Sketch of the medical history of the native army of Bombay, for the year
Year: 1872
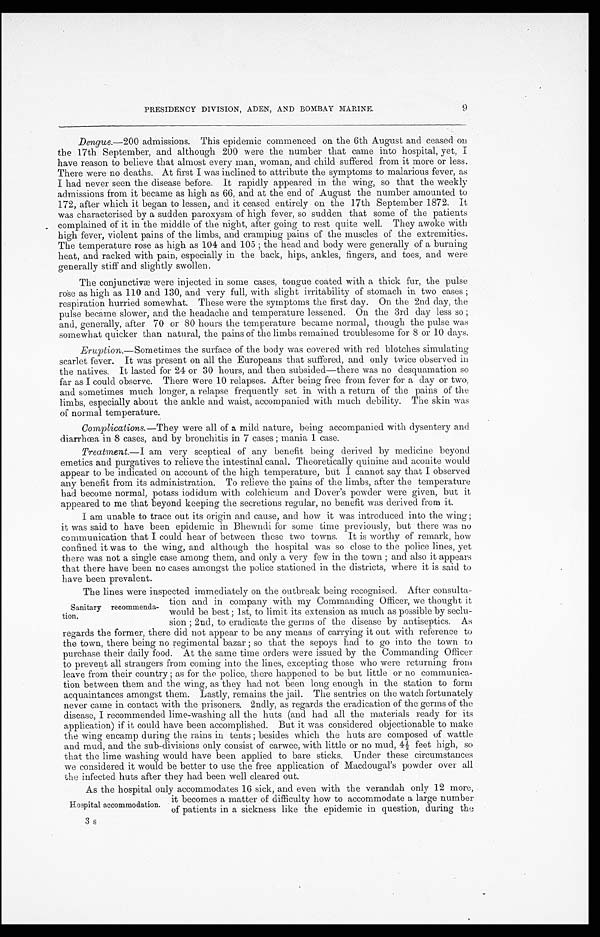
PRESIDENCY DIVISION, ADEN, AND BOMBAY MARINE.
9
Dengue.—200 admissions. This epidemic commenced on the 6th August and ceased On
the 17th September, and although 200 were the number that came into hospital, yet, I
have reason to believe that almost every man, woman, and child suffered from it more or less.
There were no deaths. At first I was inclined to attribute the symptoms to malarious fever, as
I had never seen the disease before. It rapidly appeared in the wing, so that the weekly
admissions from it became as high as 66, and at the end of August the number amounted to
172, after which it began to lessen, and it ceased entirely on the 17th September 1872. It
was characterised by a sudden paroxysm of high fever, so sudden that some of the patients
complained of it in the middle of the night, after going to rest quite well. They awoke with
high fever, violent pains of the limbs, and cramping pains of the muscles of the extremities.
The temperature rose as high as 104 and 105 ; the head and body were generally of a burning
heat, and racked with pain, especially in the back, hips, ankles, fingers, and toes, and were
generally stiff and slightly swollen.
The conjunctivæ were injected in some cases, tongue coated with a thick fur, the pulse
r o s e a s h i g h a s 1 1 0 a n d 1 3 0 , a n d v e r y f u l l , w i t h s l i g h t i r r i t a b i l i t y o f s t o m a c h i n t w o c a s e s ;
respiration hurried somewhat. These were the symptoms the first day. On the 2nd day, the
pulse became slower, and the headache and temperature lessened. On the 3rd day less so ;
and, generally, after 70 or 80 hours the temperature became normal, though the pulse was
somewhat quicker than natural, the pains of the limbs remained troublesome for 8 or 10 days.
Eruption.—Sometimes the surface of the body was covered with red blotches simulating
scarlet fever. It was present on all the Europeans that suffered, and only twice observed in.
the natives. It lasted for 24 or 30 hours, and then subsided—there was no desquamation so
far as I could observe. There were 10 relapses. After being free from fever for a day or two,
and sometimes much longer, a relapse frequently set in with a return of the pains of the
limbs, especially about the ankle and waist, accompanied with much debility. The skin was
of normal temperature.
Complications.—They were all of a mild nature, being accompanied with dysentery and
diarrhœa in 8 cases, and by bronchitis in 7 cases ; mania 1 case.
Treatment.—I am very sceptical of any benefit being derived by medicine beyond.
emetics and purgatives to relieve the intestinal canal. Theoretically quinine and aconite would
appear to be indicated on account of the high temperature, but I cannot say that I observed
any benefit from its administration. To relieve the pains of the limbs, after the temperature
had become normal, potass iodidum with colchicum and Dover's powder were given, but it
appeared to me that beyond keeping the secretions regular, no benefit was derived from it.
I am unable to trace out its origin and cause, and how it was introduced into the wing ;
it was said to have been epidemic in Bhewndi for some time previously, but there was no
communication that I could hear of between these two towns. It is worthy of remark, how
confined it was to the wing, and although the hospital was so close to the police lines, yet
there was not a single case among them, and only a very few in the town ; and also it appears
that there have been no cases amongst the police stationed in the districts, where it is said to
have been prevalent.
The lines were inspected immediately on the outbreak being recognised. After consulta-
Sanitary recommenda-
tion.
tion and in company with my Commanding Officer, we thought
would be best ; 1st, to limit its extension as much as possible by seclu-
sion ; 2nd, to eradicate the germs of the disease by antiseptics. As
regards the former, there did not appear to be any means of carrying it out with reference to
the town, there being no regimental bazar ; so that the sepoys had to go into the town to
purchase their daily food. At the same time orders were issued by the Commanding Officer
to prevent all strangers from coming into the lines, excepting those who were returning from.
leave from their country ; as for the police, there happened to be but little or no communica-
tion between them and the wing, as they had not been long enough in the station to form
acquaintances amongst them. Lastly, remains the jail. The sentries on the watch fortunately
never came in contact with the prisoners. 2ndly, as regards the eradication of the germs of the
disease, I recommended lime-washing all the huts (and had all the materials ready for its
application) if it could have been accomplished. But it was considered objectionable to make
the wing encamp during the rains in tents ; besides which the huts are composed of wattle
and mud, and the sub-divisions only consist of carwee, with little or no mud, 4½ feet high, so
that the lime washing would have been applied to bare sticks. Under these circumstances
we considered it would be better to use the free application of Macdougal's powder over all
the infected huts after they had been well cleared out.
As the hospital only accommodates 16 sick, and even with the verandah only 12 more,
Hospital accommodation. it becomes a matter or difficulty how to accommdate a large number
of patients in a sickness like the epidemic in question, during the
3s